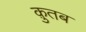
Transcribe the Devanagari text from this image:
क़ुतब